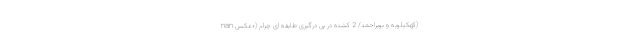
nan کهکیلویه و بویراحمد/ 2 کشته در پی درگیری طایفه ای چرام (+عکس)